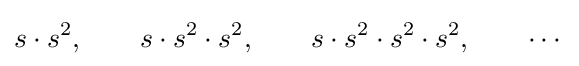
s\cdot s^{2},\qquad s\cdot s^{2}\cdot s^{2},\qquad s\cdot s^{2}\cdot s^{2}\cdot s^{2},\qquad \cdots